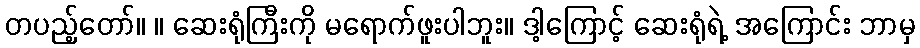
တပည့်တော်။ ။ ဆေးရုံကြီးကို မရောက်ဖူးပါဘူး။ ဒါ့ကြောင့် ဆေးရုံရဲ့ အကြောင်း ဘာမှ